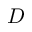
\boldsymbol { D }